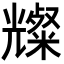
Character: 𪞆